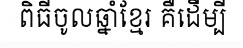
ពិធីចូលឆ្នាំខ្មែរ គឺដើម្បី